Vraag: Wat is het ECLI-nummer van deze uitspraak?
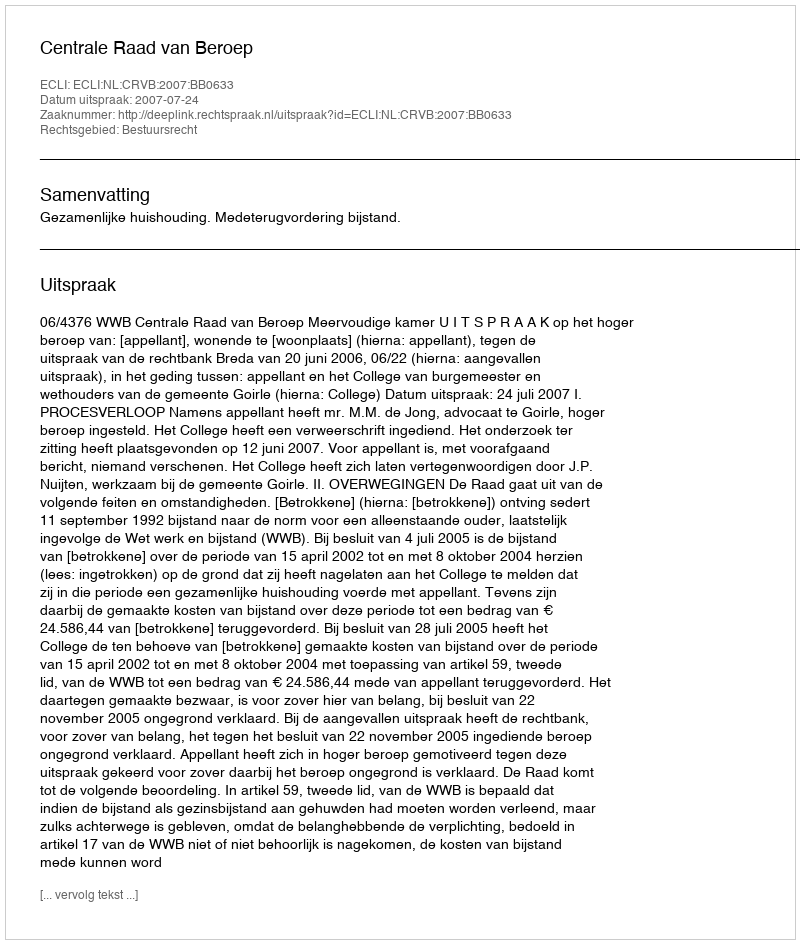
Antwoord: ECLI:NL:CRVB:2007:BB0633